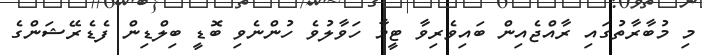
މި މުބާރާތުގައި ރާއްޖެއިން ބައިވެރިވާ ޓީމާ ހަވާލުވެ ހުންނެވި ބޮޑީ ބިލްޑިން ފެޑެރޭޝަންގެ